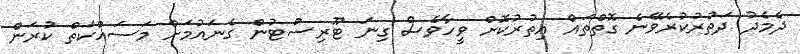
ދެމެދު ދަތުރުކުރެވޭނެ ގޮތްތައް އިތުރުކޮށް ވީހާވެސް ގިނަ ޓޫރިސްޓުން ގެނައުމަށް މަސައްކަތް ކުރަން